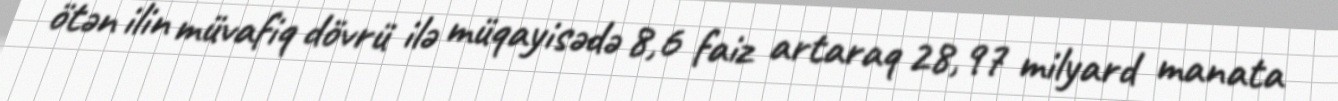
ötən ilin müvafiq dövrü ilə müqayisədə 8,6 faiz artaraq 28,97 milyard manata